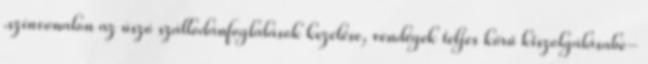
.színvonalon az úszó szállodánfoglalások kezelése, vendégek teljes körű kiszolgálásabe-